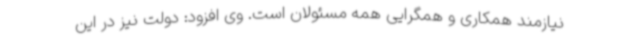
نیازمند همکاری و همگرایی همه مسئولان است. وی افزود: دولت نیز در این